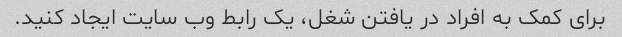
برای کمک به افراد در یافتن شغل، یک رابط وب سایت ایجاد کنید.